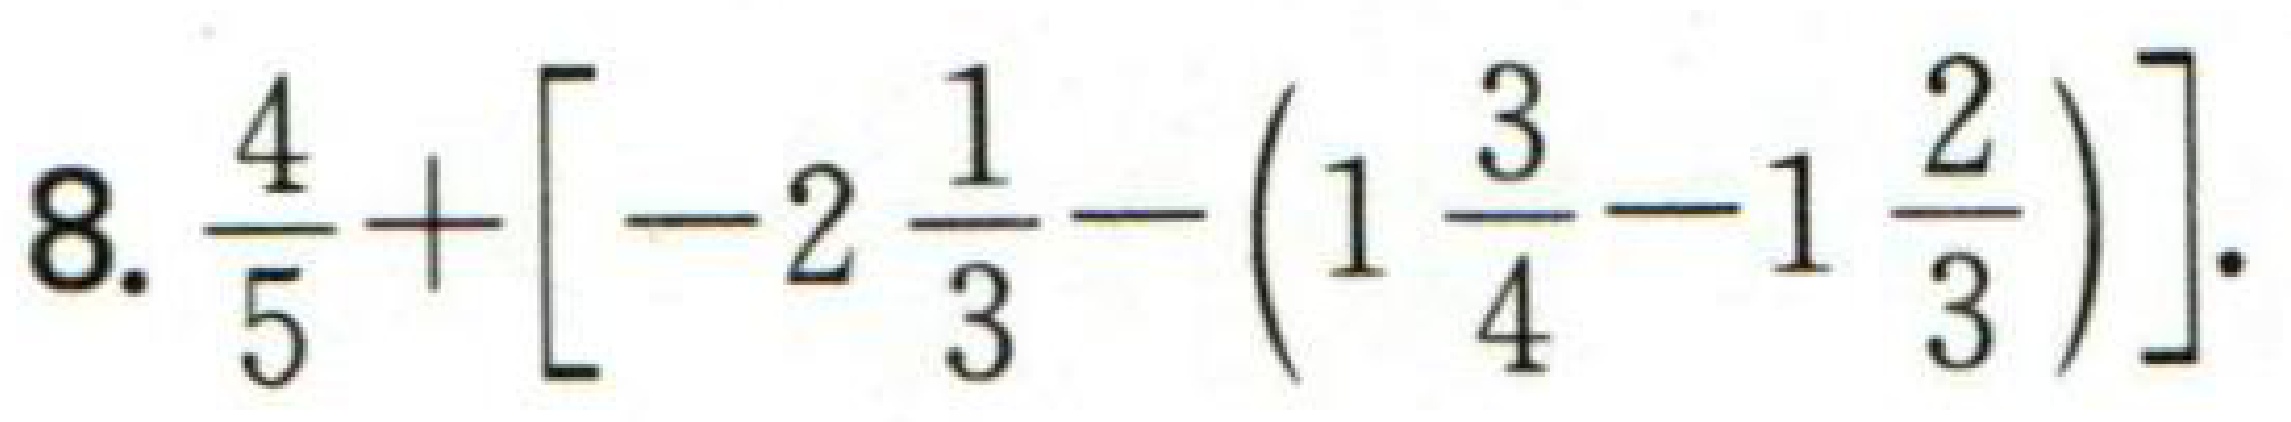
8. \(\frac{4}{5}+\left[-2\frac{1}{3}-\left(1\frac{3}{4}-1\frac{2}{3}\right)\right]\).